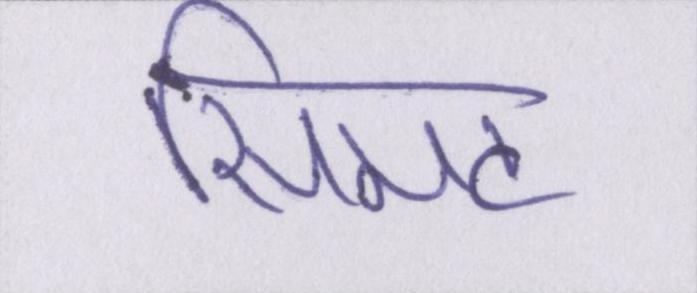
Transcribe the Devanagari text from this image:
सिमट